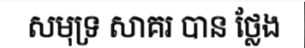
សមុទ្រ សាគរ បាន ថ្លែង